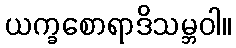
ယက္ခစောရာဒိသမ္ဘဝါ။